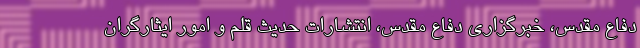
دفاع مقدس، خبرگزاری دفاع مقدس، انتشارات حدیث قلم و امور ایثارگران